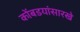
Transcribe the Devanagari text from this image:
कोंबडयांसारखे